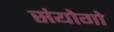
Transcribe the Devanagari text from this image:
संयोगो